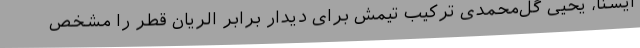
ایسنا، یحیی گل‌محمدی ترکیب تیمش برای دیدار برابر الریان قطر را مشخص